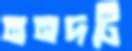
ননদটি